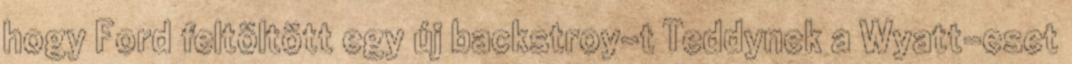
hogy Ford feltöltött egy új backstroy-t Teddynek a Wyatt-eset